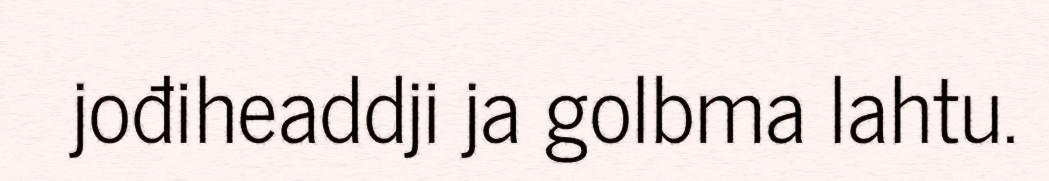
jođiheaddji ja golbma lahtu.